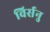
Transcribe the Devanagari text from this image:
विर्सनु